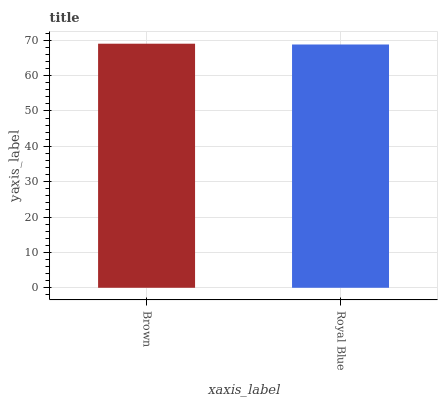
| xaxis_label | bars |
 | --- | --- |
 | Brown | 69 |
 | Royal Blue | 68.8 |